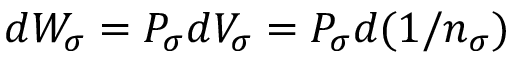
d { \cal W } _ { \sigma } = { \cal P } _ { \sigma } d V _ { \sigma } = { \cal P } _ { \sigma } d ( 1 / n _ { \sigma } )